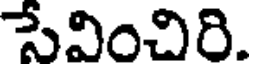
సేవించిరి.